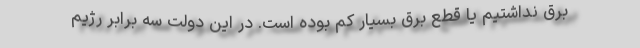
برق نداشتیم یا قطع برق بسیار کم بوده است. در این دولت سه برابر رژیم